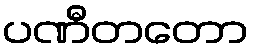
ပဏီတတော